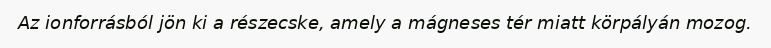
Az ionforrásból jön ki a részecske, amely a mágneses tér miatt körpályán mozog.